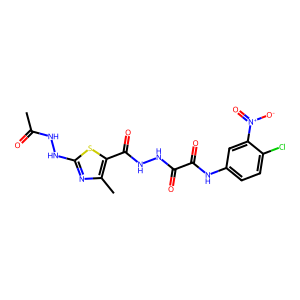
SMILES: CC(=O)NNc1nc(C)c(C(=O)NNC(=O)C(=O)Nc2ccc(Cl)c([N+](=O)[O-])c2)s1
Inhibits HIV replication: No